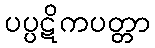
ပပ္ပဋိကပတ္တာ